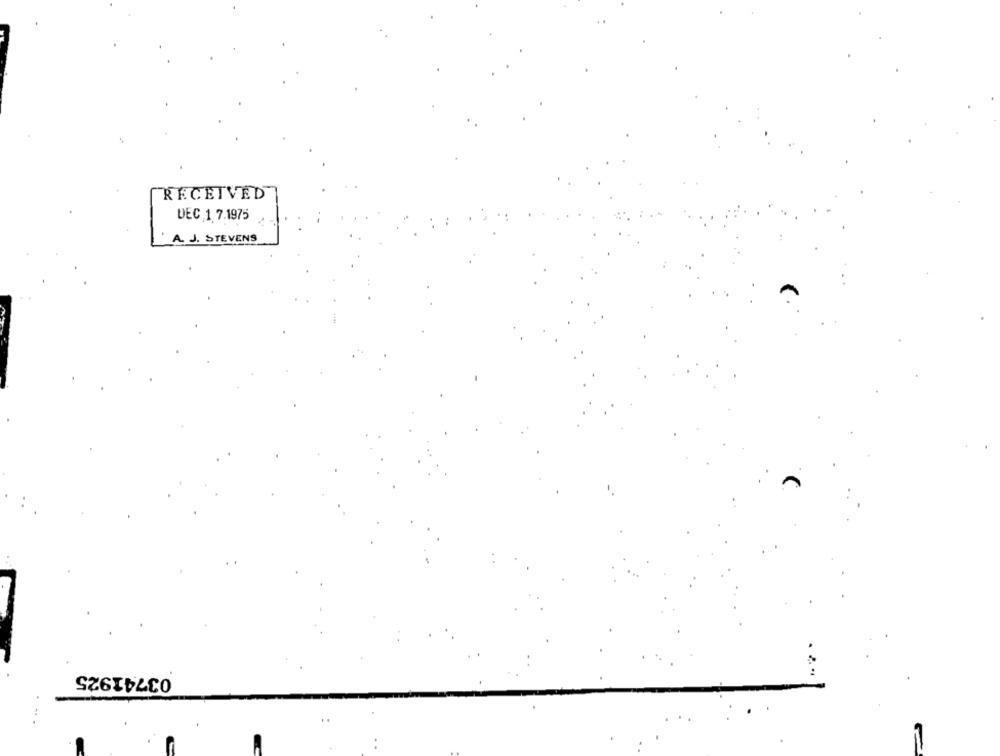
RECEIVED
DEC 1 7.1975
A. J. STEVENS
03741925